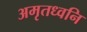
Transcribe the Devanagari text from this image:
अमृतध्वनि